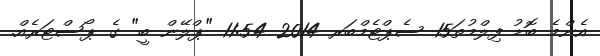
އެންމެ ބޮޑު ފިލްމުތަ15 ސެޕްޓެމްބަރ 2014 11:54 "ޕްލޭން ބީ" ގެ ޕޯސްޓަރެއް.